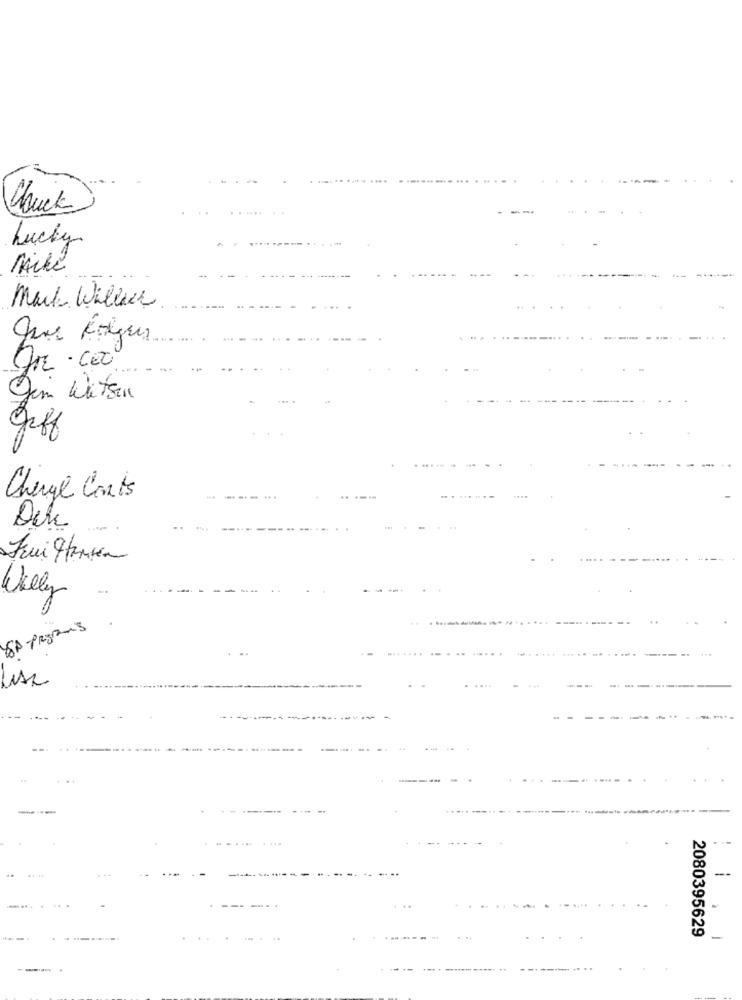
Chuck
Lucky
Mike
Mark Willies
Dr .cox
Jim Witzen
Jeff
Charge Conts
. ...
Willy
Lisa
....
2080395629
-